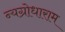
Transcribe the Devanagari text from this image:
न्यग्रोधाराम